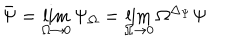
\bar { \Psi } = \lim _ { \Omega \to 0 } \Psi _ { \Omega } = \lim _ { \Omega \to 0 } \Omega ^ { \Delta _ { \Psi } } \Psi